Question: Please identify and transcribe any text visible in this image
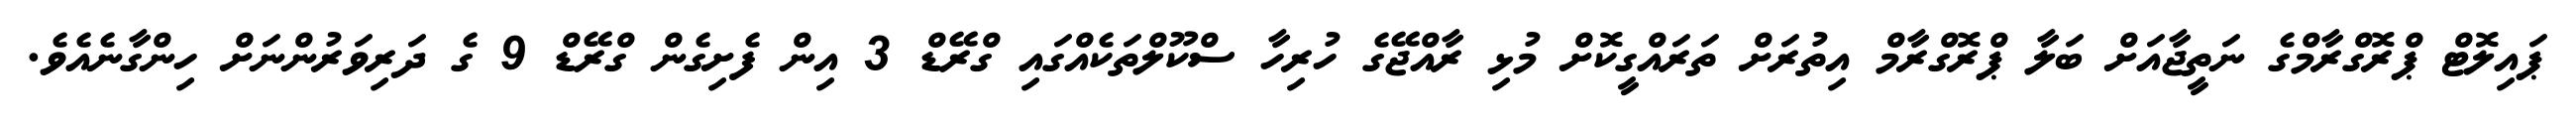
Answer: ޕައިލޮޓް ޕްރޮގްރާމްގެ ނަތީޖާއަށް ބަލާ ޕްރޮގްރާމް އިތުރަށް ތަރައްގީކޮށް މުޅި ރާއްޖޭގެ ހުރިހާ ސްކޫލްތަކެއްގައި ގްރޭޑް 3 އިން ފެށިގެން ގްރޭޑް 9 ގެ ދަރިވަރުންނަށް ހިންގާނެއެވެ.